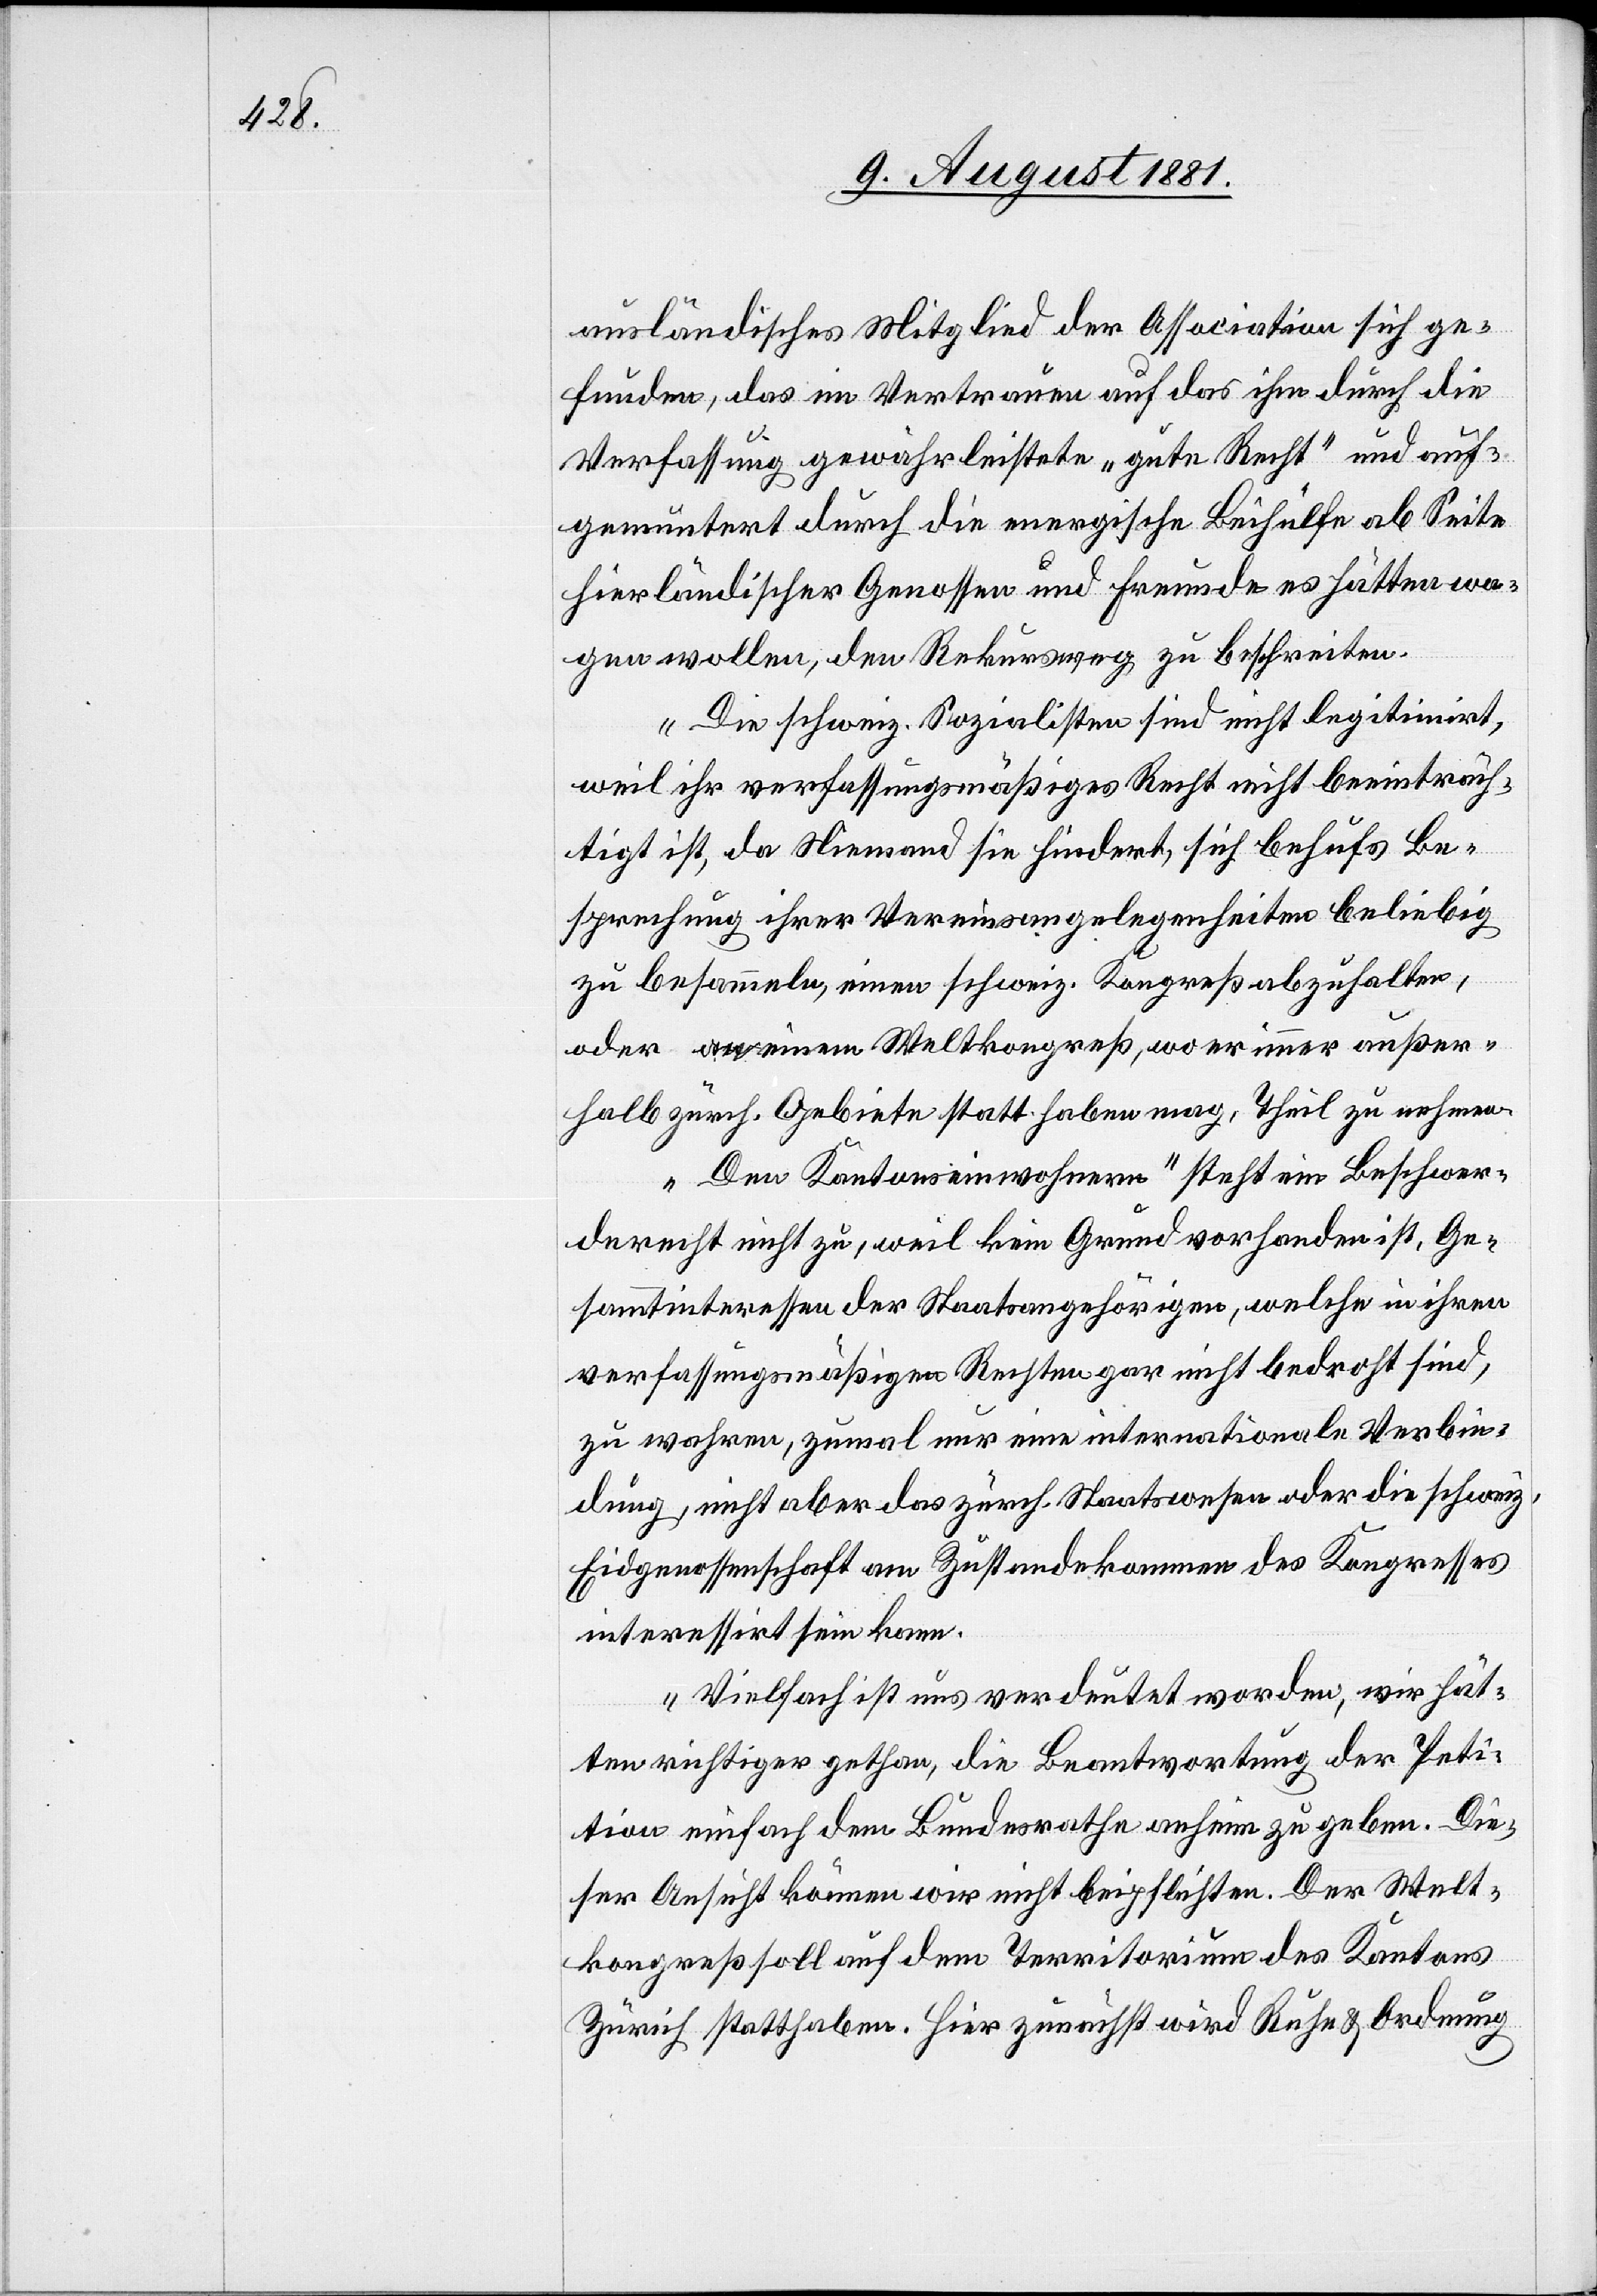
ausländisches Mitglied der Association sich ge¬
funden, das im Vertrauen auf das ihm durch die
Verfassung gewährleistete „gute Recht“ und auf¬
gemuntert durch die energische Beihülfe ab Seite
hierländischer Genossen und Freunde es hätten wa¬
gen wollen, den Rekursweg zu beschreiten.
Die schweiz. Sozialisten sind nicht legitimirt,
weil ihr verfassungsmäßiges Recht nicht beeinträch¬
tigt ist, da Niemand sie hindert, sich behufs Be¬
sprechung ihrer Vereinsangelegenheiten beliebig
zu besammeln, einen schweiz. Kongreß abzuhalten,
oder einen Weltkongreß, wo er immer außer¬
halb zürch. Gebiete statthaben mag, Theil zu nehmen.
„Den Kantonseinwohnern“ steht ein Beschwer¬
derecht nicht zu, weil kein Grund vorhanden ist, Ge¬
sammtinteressen der Staatsangehörigen, welche in ihren
verfassungsmäßigen Rechten gar nicht bedroht sind,
zu wahren, zumal nur eine internationale Verbin¬
dung, nicht aber das zürch. Staatswesen oder die schweiz.
Eidgenossenschaft am Zustandekommen des Kongresses
interessiert sein kann.
Vielfach ist uns verdeutet worden, wir hät¬
ten richtiges gethan, die Beantwortung der Peti¬
tion einfach dem Bundesrathe anhin zu geben. Die¬
ser Ansicht können wir nicht beipflichten. Der Welt¬
kongreß soll auf dem Territorium des Kantons
Zürich statthaben. Hier zunächst wird Ruhe & Ordnung